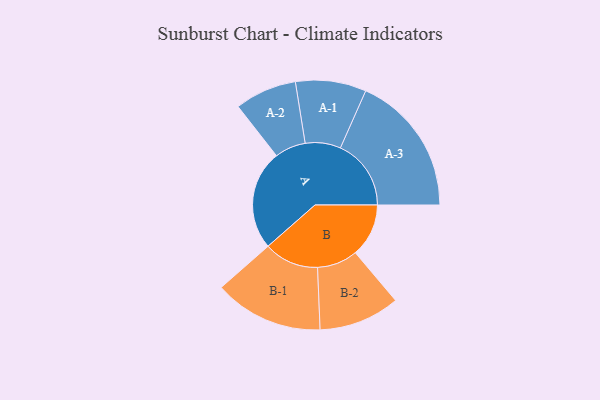
{"axis": {"x": "Segment", "y": "Value"}, "legend": ["", "A", "B"], "data": [{"x": "A", "y": 367, "type": ""}, {"x": "B", "y": 196, "type": ""}, {"x": "A-1", "y": 130, "type": "A"}, {"x": "A-2", "y": 114, "type": "A"}, {"x": "A-3", "y": 260, "type": "A"}, {"x": "B-1", "y": 201, "type": "B"}, {"x": "B-2", "y": 149, "type": "B"}]}